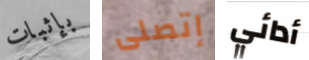
بإثبات إتصلى أدائي